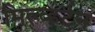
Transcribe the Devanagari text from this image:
मिल्व्हर्टन